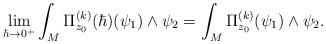
LaTeX: \begin{align*}\lim_{\hbar\rightarrow 0^+}\int_M\Pi_{z_0}^{(k)}(\hbar)(\psi_1)\wedge\psi_2 =\int_M\Pi_{z_0}^{(k)}(\psi_1)\wedge\psi_2.\end{align*}